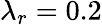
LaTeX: \lambda_{r}=0.2